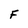
Character: F